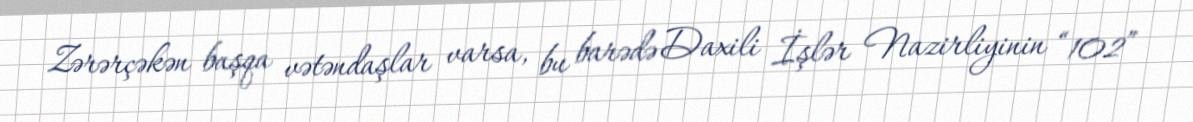
Zərərçəkən başqa vətəndaşlar varsa, bu barədə Daxili İşlər Nazirliyinin “102”